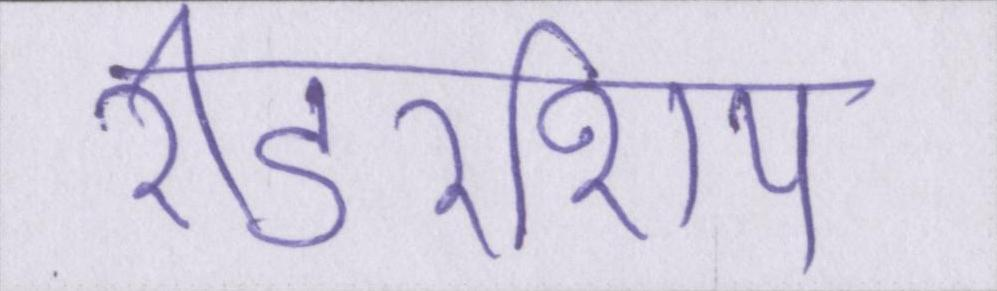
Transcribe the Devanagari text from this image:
रीडरशिप